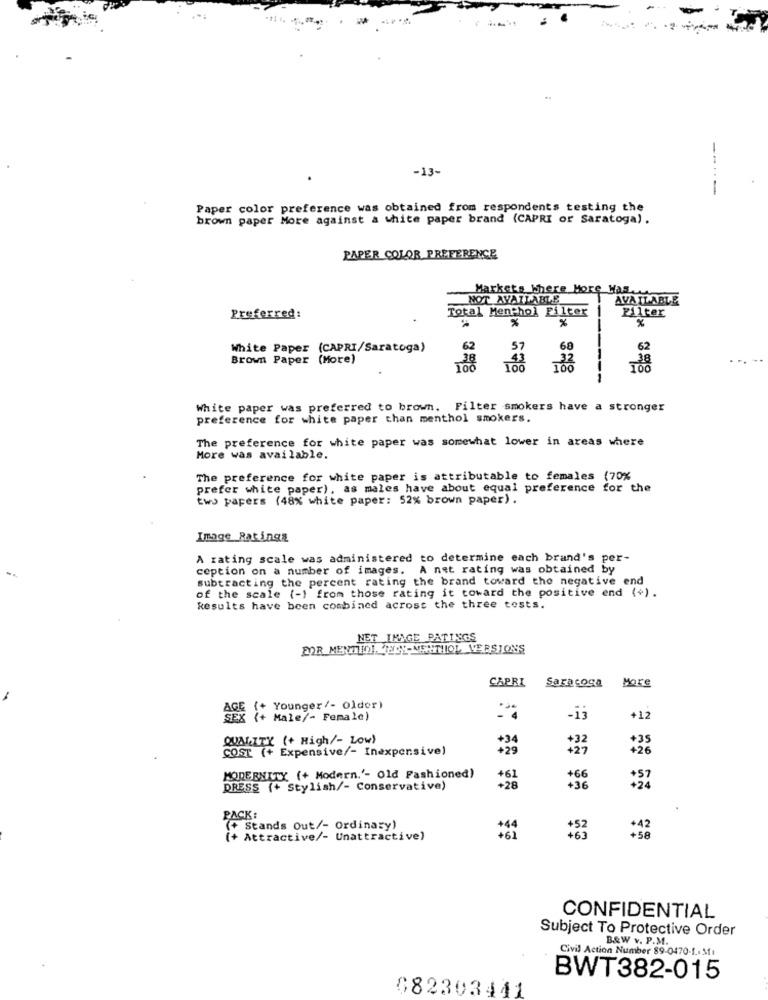
-13-
----
Paper color preference was obtained from respondents testing the
brown paper More against a white paper brand (CAPRI or Saratoga) .
PAPER COLOR PREFERENCE
Markets Where More Has
NOT AVAILABLE
AVAILABLE
Total Menthol Filter
Filter
Preferred:
%
White Paper (CAPRI/Saratoga)
60
62
Brown Paper (More)
43
32
100
100
White paper was preferred to brown. Filter smokers have a stronger
preference for white paper than menthol smokers.
The preference for white paper was somewhat lower in areas where
More was available.
The preference for white paper is attributable to females (70%
prefer white paper), as males have about equal preference for the
two papers (48% white paper: 52% brown paper) .
Image Ratings
A rating scale was administered to determine each brand's per-
ception on a number of images. A net rating was obtained by
subtracting the percent rating the brand toward the negative end
of the scale (-) from those rating it toward the positive end (+).
Results have been combined across the three tests.
NET IMAGE PATINGS
FOR MENTIDI ELY-MENTHOL VERSIONS
CAPRI
More
Saracoga
Younger/- Older)
Male/- Female)
-ij
+12
QUALITY (+ High/- Low)
+34
COSE (+ Expensive/- Inexpensive)
+29
*23
MOREENITY (+ Modern.'- Old Fashioned)
+61
+28
+66
+36
DRESS (+ Stylish/- Conservative)
PACK
(+ Stands Out/- Ordinary)
+44
+42
(+ Attractive/- Unattractive)
+61
+58
CONFIDENTIAL
Subject To Protective Order
B&W v. P.M.
Civil Action Number 89-0470-1 .. 31:
BWT382-015
682303441